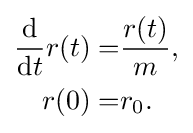
{\begin{aligned}{\frac {\text{d}}{{\text{d}}t}}r(t)=&{\frac {r(t)}{m}},\\r(0)=&r_{0}.\end{aligned}}